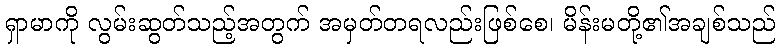
ရှာမာကို လွမ်းဆွတ်သည့်အတွက် အမှတ်တရလည်းဖြစ်စေ၊ မိန်းမတို့၏အချစ်သည်